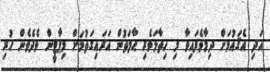
އަދި އެޤައުމަށް ދިމާވެފައިވާ މި ހިތާމަވެރި ޙާލަތުން އަރައިގަތުމަށް މިޕާޓީން ވެދެވެން ހުރި